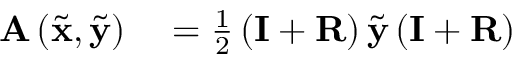
\begin{array} { r l } { \mathbf { A } \left( \tilde { \mathbf { x } } , \tilde { \mathbf { y } } \right) } & { { } = \frac { 1 } { 2 } \left( \mathbf { I } + \mathbf { R } \right) \tilde { \mathbf { y } } \left( \mathbf { I } + \mathbf { R } \right) } \end{array}